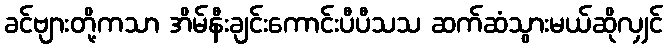
ခင်ဗျားတို့ကသာ အိမ်နီးချင်းကောင်းပီပီသသ ဆက်ဆံသွားမယ်ဆိုလျှင်